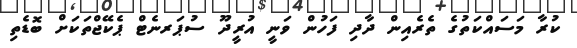
ކުރާ މަސައްކަތުގެ ތެރެއިން ދާދި ފަހުން ވަނީ އުރީދޫ ސުޕަރނެޓް ޕެކޭޖްތަކަށް ބޮޑެތި